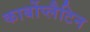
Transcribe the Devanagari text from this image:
कार्बोप्लैटिन